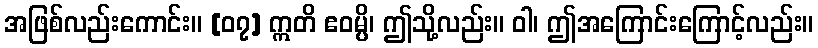
အဖြစ်လည်းကောင်း။ [၀၇] ဣတိ ဧဝမ္ပိ၊ ဤသို့လည်း။ ဝါ၊ ဤအကြောင်းကြောင့်လည်း။